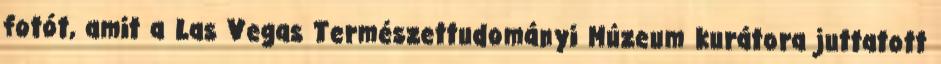
fotót, amit a Las Vegas Természettudományi Múzeum kurátora juttatott